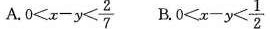
A. $$0<x-y< \frac{2}{7}$$ B0 $$.0<x-y< \frac{1}{2}$$